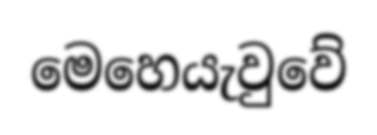
මෙහෙයැවුවේ